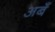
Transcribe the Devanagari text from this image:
अबँ